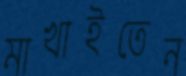
মাখাইতেন